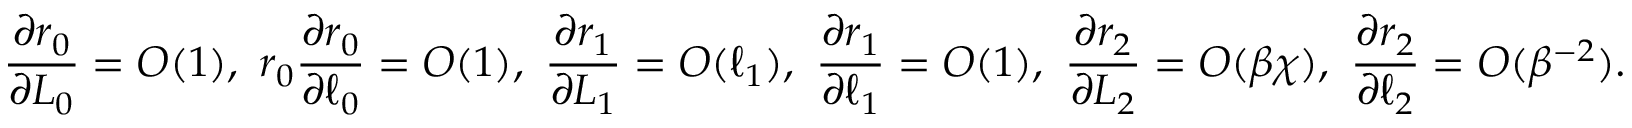
\frac { \partial r _ { 0 } } { \partial L _ { 0 } } = O ( 1 ) , \ r _ { 0 } \frac { \partial r _ { 0 } } { \partial \ell _ { 0 } } = O ( 1 ) , \ \frac { \partial r _ { 1 } } { \partial L _ { 1 } } = O ( \ell _ { 1 } ) , \ \frac { \partial r _ { 1 } } { \partial \ell _ { 1 } } = O ( 1 ) , \ \frac { \partial r _ { 2 } } { \partial L _ { 2 } } = O ( \beta \chi ) , \ \frac { \partial r _ { 2 } } { \partial \ell _ { 2 } } = O ( \beta ^ { - 2 } ) .